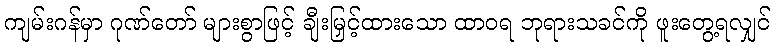
ကျမ်းဂန်မှာ ဂုဏ်တော် များစွာဖြင့် ချီးမြှင့်ထားသော ထာဝရ ဘုရားသခင်ကို ဖူးတွေ့ရလျှင်